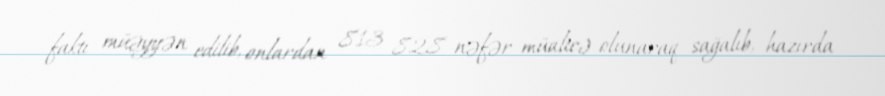
faktı müəyyən edilib, onlardan 813 828 nəfər müalicə olunaraq sağalıb, hazırda